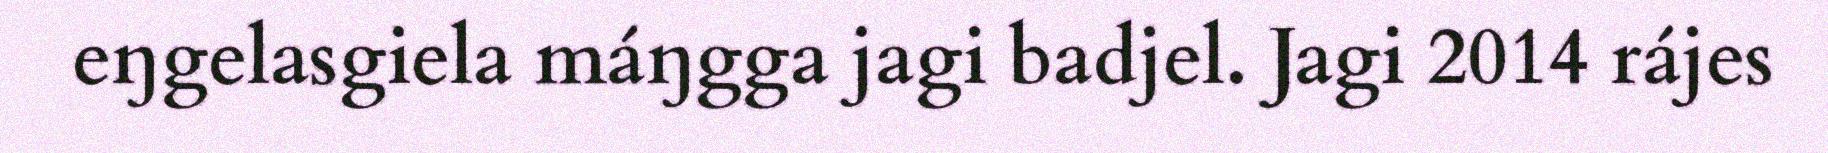
eŋgelasgiela máŋgga jagi badjel. Jagi 2014 rájes